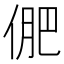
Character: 俷